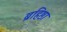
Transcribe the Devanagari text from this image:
ब्रहिष्ठा